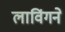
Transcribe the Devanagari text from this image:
लाविंगने